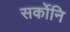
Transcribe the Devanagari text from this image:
सर्कोनि